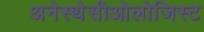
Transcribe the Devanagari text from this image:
अनेस्थेसीओलोजिस्ट